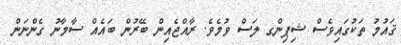
ޤައުމު ތަކުގައިވެސް ޝިޕިންގ ލަސް ވުމެވެ. ރާއްޖެއިން ބޭރުން ބައެއް ސާމާނު ގެންނަން